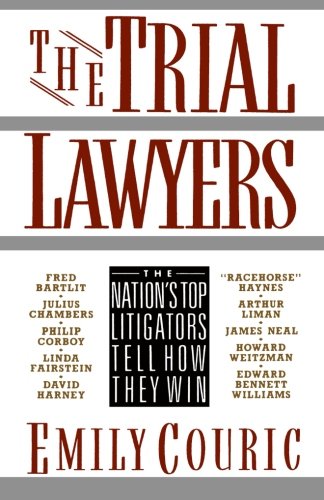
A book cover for The Trial Lawyers: The Nation's Top Litigators Tell How They Win; Emily Couric; Law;